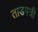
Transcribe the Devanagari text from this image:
ताडपत्री